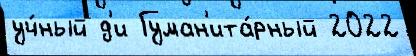
уч́ный д'и Гуман'ита́рный 2022